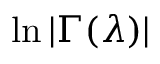
\ln { | \Gamma ( \lambda ) | }